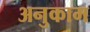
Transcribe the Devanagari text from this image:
अनुकाम